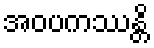
အဝပကဿန္တိ